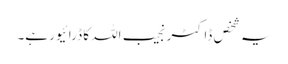
یہ شخص ڈاکٹر نجیب اللہ کا ڈرائیور ہے۔